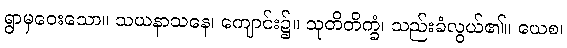
ရွာမှဝေးသော။ သယနာသနေ၊ ကျောင်း၌။ သုတိတိက္ခံ၊ သည်းခံလွယ်၏။ ယေစ၊